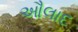
ઔલાદ